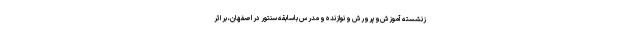
زنشسته آموزش‌وپرورش و نوازنده و مدرس باسابقه سنتور در اصفهان، بر اثر